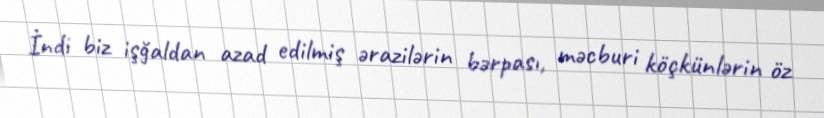
İndi biz işğaldan azad edilmiş ərazilərin bərpası, məcburi köçkünlərin öz